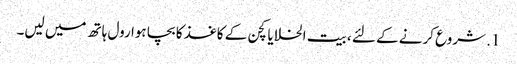
1. شروع کرنے کے لئے ، بیت الخلا یا کچن کے کاغذ کا بچا ہوا رول ہاتھ میں لیں۔